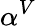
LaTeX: \alpha^{V}